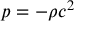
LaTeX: p = - \rho c ^ { 2 }